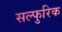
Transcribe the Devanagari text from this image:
सल्फुरिक